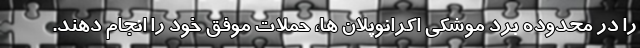
را در محدوده برد موشکی اکرانوپلان ها، حملات موفق خود را انجام دهند.